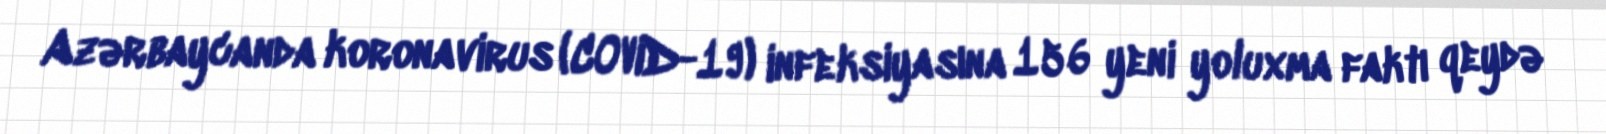
Azərbaycanda koronavirus (COVID-19) infeksiyasına 156 yeni yoluxma faktı qeydə